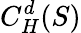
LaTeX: C_{H}^{d}(S)